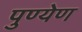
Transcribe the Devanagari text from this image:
पुण्येण